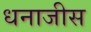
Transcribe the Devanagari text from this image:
धनाजीस